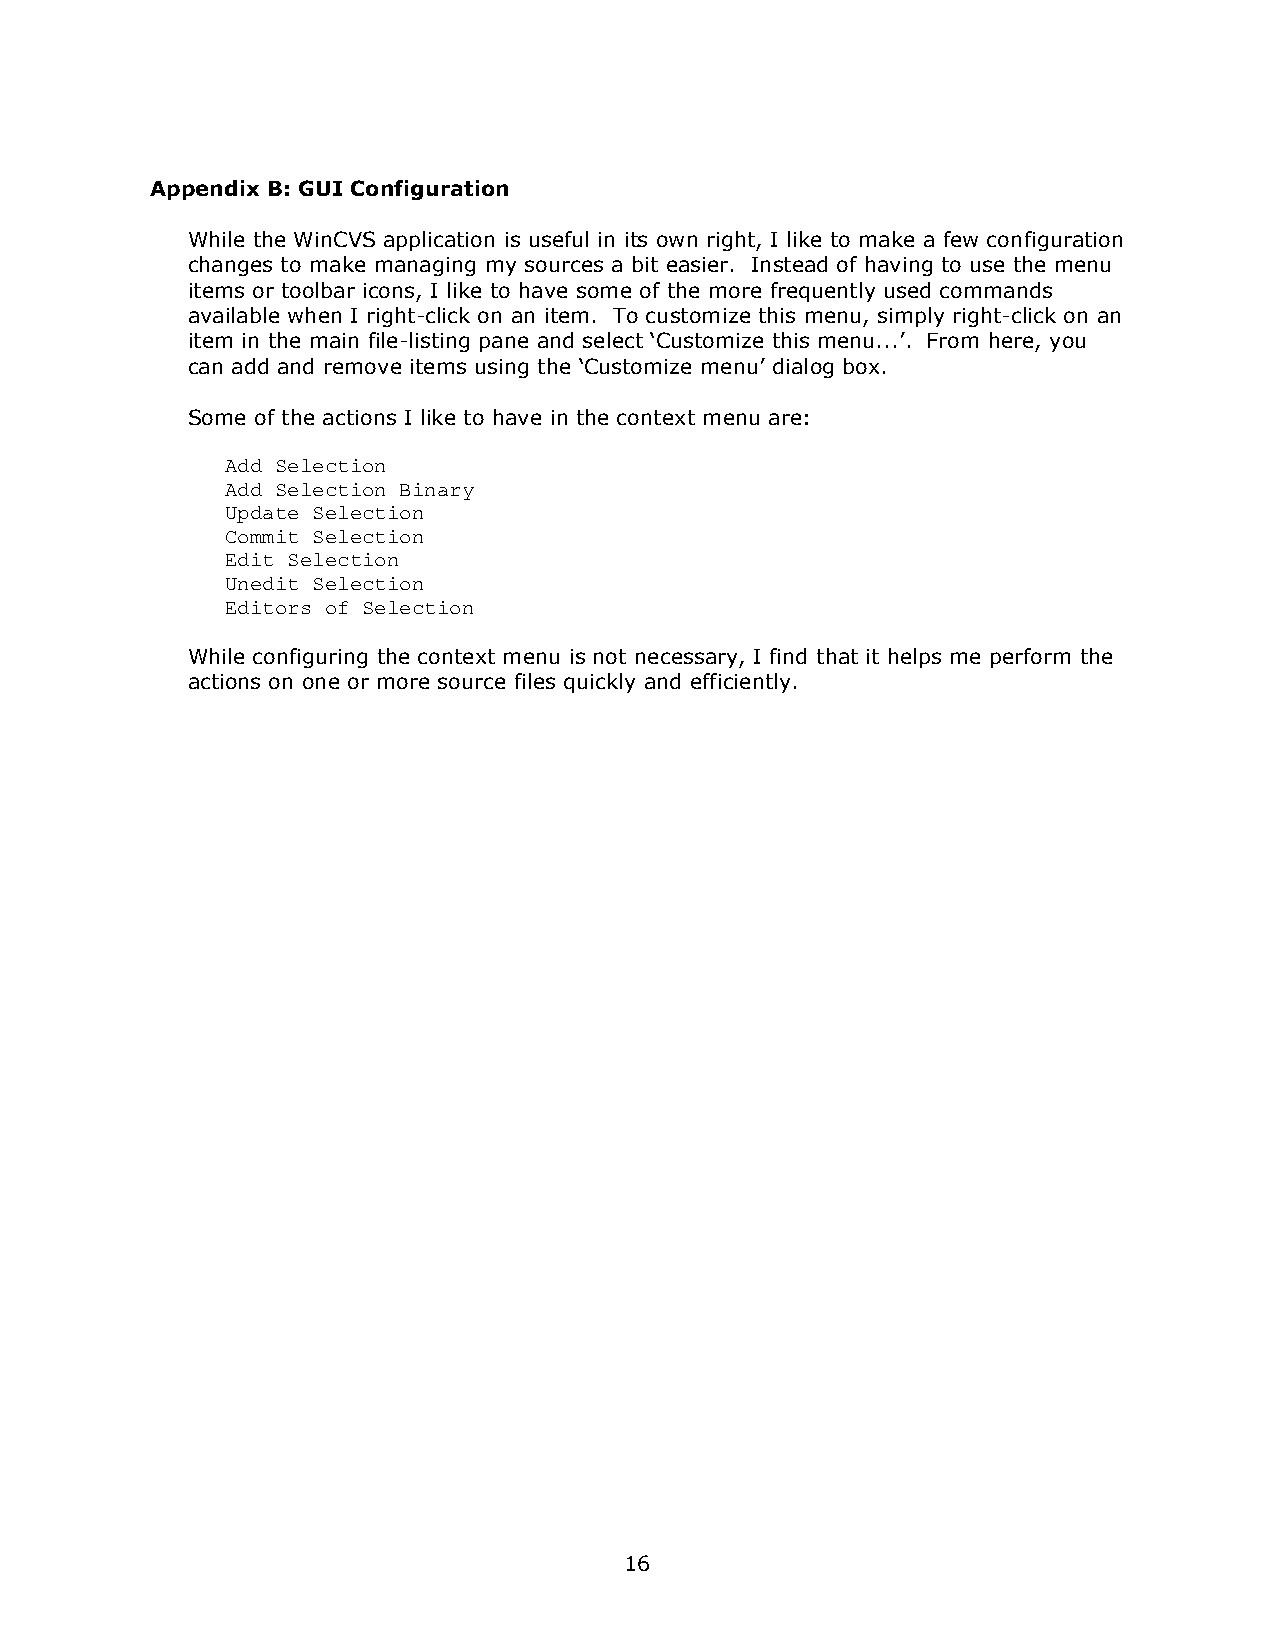
Appendix B: GUI Configuration
 While the WinCVS application is useful in its own right, I like to make a few configuration
 changes to make managing my sources a bit easier. Instead of having to use the menu
 items or toolbar icons, I like to have some of the more frequently used commands
 available when I right-click on an item. To customize this menu, simply right-click on an
 item in the main file-listing pane and select ’Customize this menu...“. From here, you
 can add and remove items using the ’Customize menu“ dialog box.
 Some of the actions I like to have in the context menu are:
 Add Selection
 Add Selection Binary
 Update Selection
 Commit Selection
 Edit Selection
 Unedit Selection
 Editors of Selection
 While configuring the context menu is not necessary, I find that it helps me perform the
 actions on one or more source files quickly and efficiently.
 16